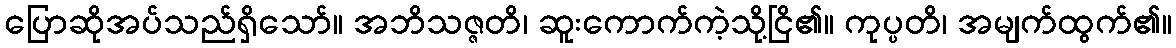
ပြောဆိုအပ်သည်ရှိသော်။ အဘိသဇ္ဇတိ၊ ဆူးကောက်ကဲ့သို့ငြိ၏။ ကုပ္ပတိ၊ အမျက်ထွက်၏။